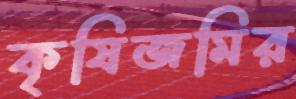
কৃষিজমির